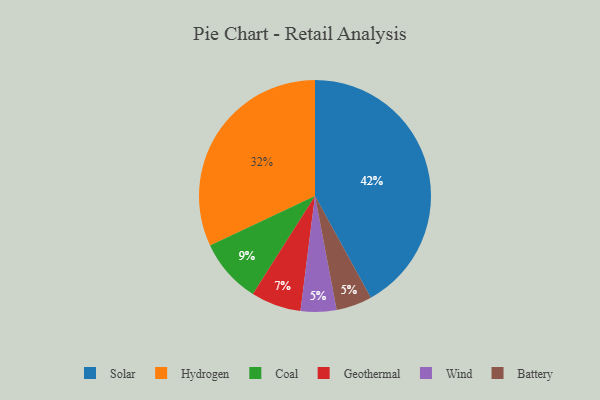
{"axis": {"x": "Category", "y": "Percentage"}, "legend": ["Battery", "Coal", "Geothermal", "Hydrogen", "Solar", "Wind"], "data": [{"x": "Hydrogen", "y": 32, "type": "Hydrogen"}, {"x": "Solar", "y": 42, "type": "Solar"}, {"x": "Geothermal", "y": 7, "type": "Geothermal"}, {"x": "Wind", "y": 5, "type": "Wind"}, {"x": "Battery", "y": 5, "type": "Battery"}, {"x": "Coal", "y": 9, "type": "Coal"}]}